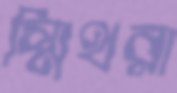
স্মিথরা